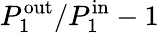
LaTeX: P_{1}^{\mathrm{out}}/P_{1}^{\mathrm{in}}-1